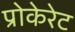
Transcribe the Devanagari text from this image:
प्रोकेरेट